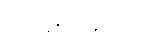
၁ ဒါဇင် = ၁၂